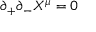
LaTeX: \partial _ { + } \partial _ { - } X ^ { \mu } = 0